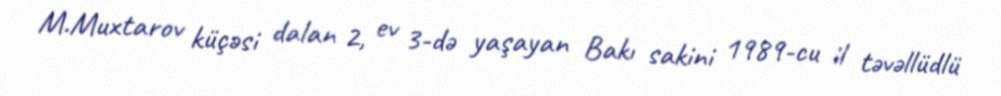
M.Muxtarov küçəsi dalan 2, ev 3-də yaşayan Bakı sakini 1989-cu il təvəllüdlü